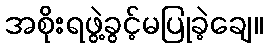
အစိုးရဖွဲ့ခွင့်မပြုခဲ့ချေ။